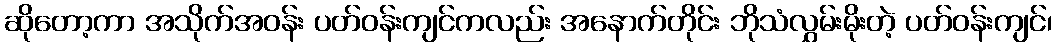
ဆိုတော့ကာ အသိုက်အဝန်း ပတ်ဝန်းကျင်ကလည်း အနောက်တိုင်း ဘိုသံလွှမ်းမိုးတဲ့ ပတ်ဝန်းကျင်၊